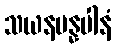
သယနမန္နပါနံ